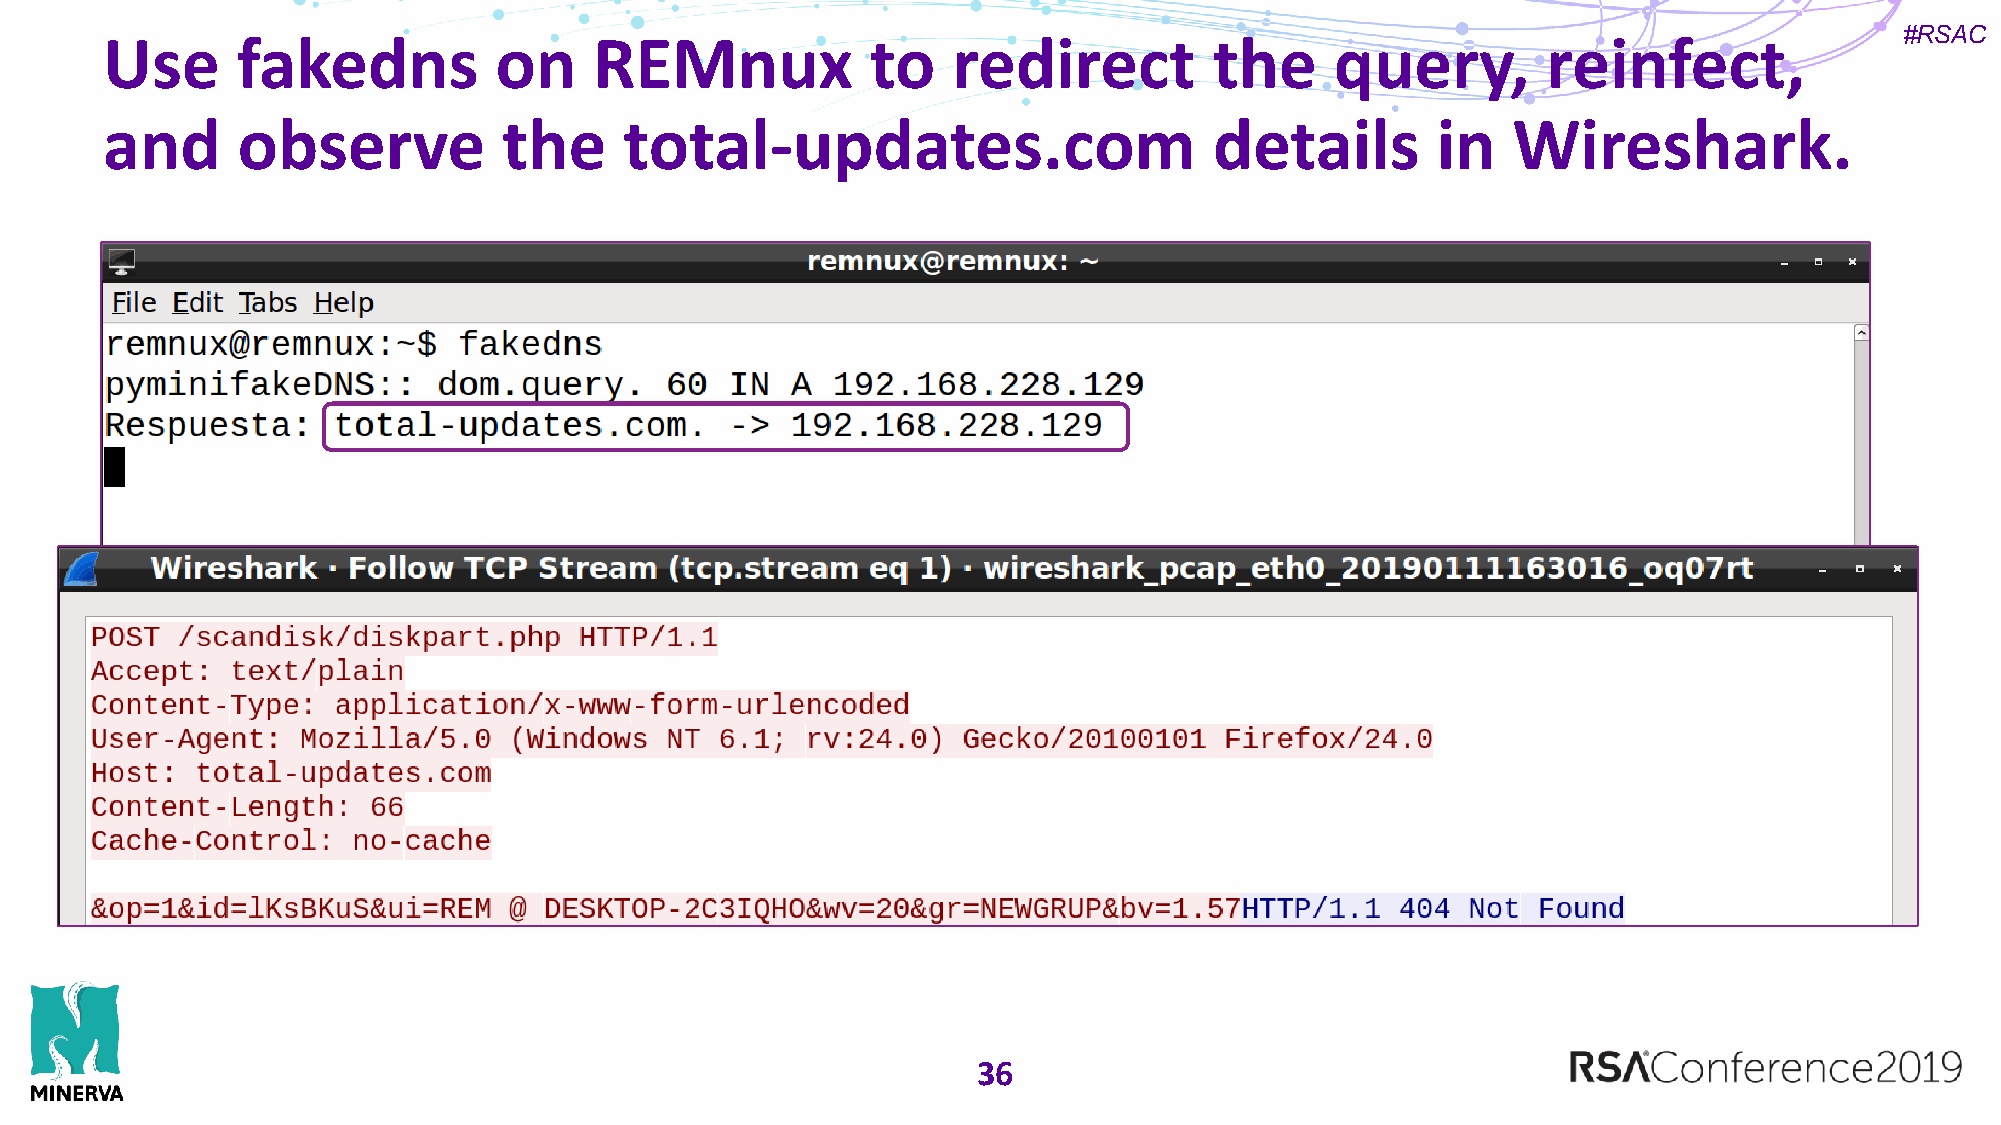
#RSAC
 Use      fakedns          on    REMnux             to   redirect         the     query,        reinfect,
 and      observe          the     total-updates.com                      details        in   Wireshark.
 36